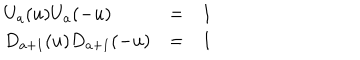
\begin{array} { l l l } { { U _ { a } ( u ) U _ { a } ( - u ) } } & { { = } } & { { 1 } } \\ { { D _ { a + 1 } ( u ) D _ { a + 1 } ( - u ) } } & { { = } } & { { 1 } } \\ \end{array} \;